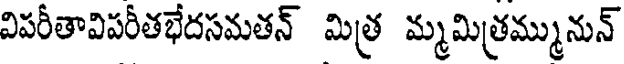
విపరీతావిపరీతభేదసమతన్ మిత్ర మ్మమిత్రమ్మునున్